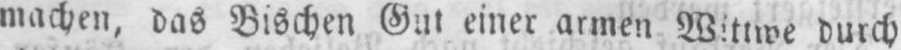
machen, das Bischen Gut einer armen Wittwe durch